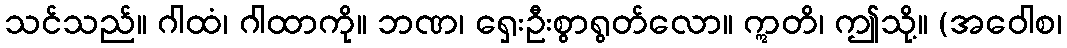
သင်သည်။ ဂါထံ၊ ဂါထာကို။ ဘဏ၊ ရှေးဦးစွာရွတ်လော။ ဣတိ၊ ဤသို့။ (အဝေါစ၊